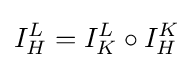
I_{H}^{L}=I_{K}^{L}\circ I_{H}^{K}